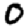
Digit: 0